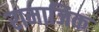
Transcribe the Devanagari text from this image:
रामाजिक